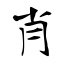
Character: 肖